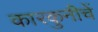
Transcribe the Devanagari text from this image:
कारकुनीचें